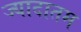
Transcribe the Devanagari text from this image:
ज्यादातम